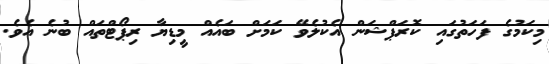
މިކަމުގެ ފަހަތުގައި ކޮރަޕްޝަން އެކުލެވޭ ކަމަށް ބައެއް މީޑިޔާ ރިޕޯޓްތައް ބުނެ އެވެ.